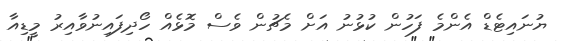
ޔުނައިޓެޑް އެންމެ ފަހުން ކުޅުނު އަށް މެޗުން ވެސް މޮޅެއް ހޯދިފައިނުވާއިރު މީޑިއާ